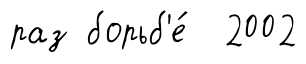
раз борьб'е́ 2002